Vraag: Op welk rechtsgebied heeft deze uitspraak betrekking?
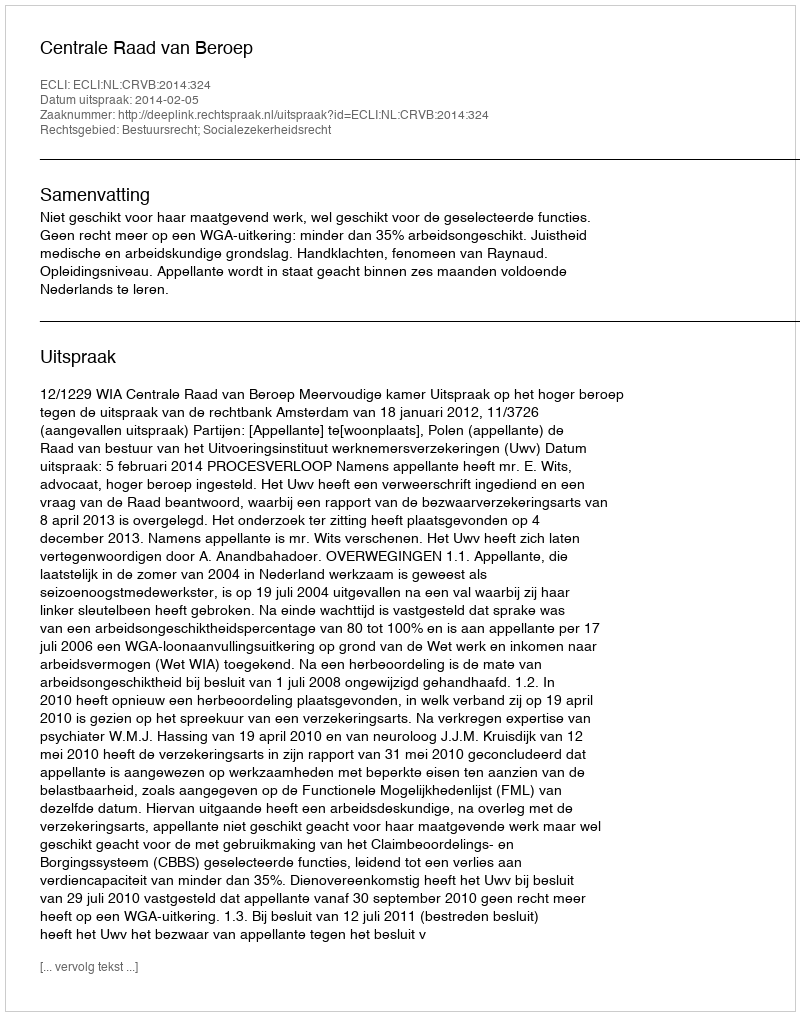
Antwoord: Bestuursrecht; Socialezekerheidsrecht